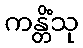
ကန္တိံသု